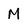
Character: M